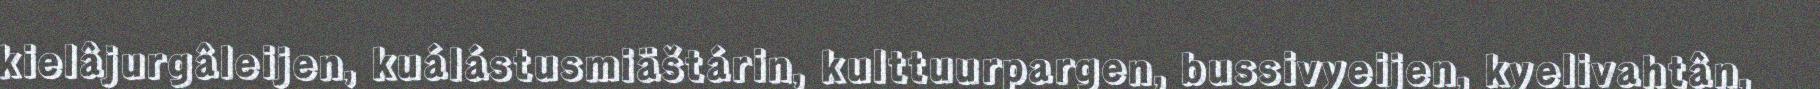
kielâjurgâleijen, kuálástusmiäštárin, kulttuurpargen, bussivyeijen, kyelivahtân,